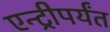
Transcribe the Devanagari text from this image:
एन्ट्रीपर्यंत